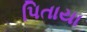
પિતાયા